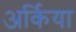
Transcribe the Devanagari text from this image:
अर्किया